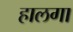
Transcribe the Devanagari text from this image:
हालगा